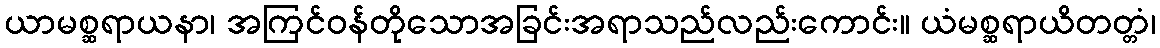
ယာမစ္ဆရာယနာ၊ အကြင်ဝန်တိုသောအခြင်းအရာသည်လည်းကောင်း။ ယံမစ္ဆရာယိတတ္တံ၊